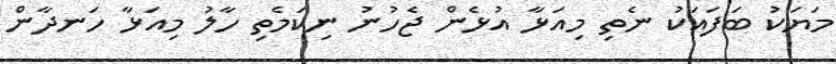
މަޔަކު ބަފައަކު ނެތި މިއަޅާ އުޅެން ޖެހުނު ނިކަމެތި ހާލު މިއަޅާ ހަނދާން